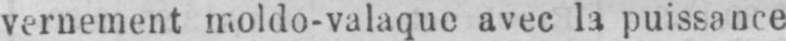
vernement moldo-valaque avec la puissance